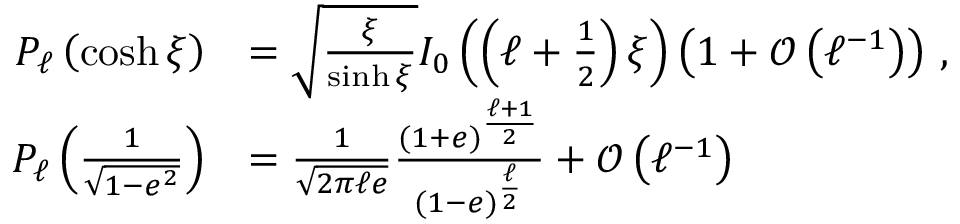
{ \begin{array} { r l } { P _ { \ell } \left( \cosh \xi \right) } & { = { \sqrt { \frac { \xi } { \sinh \xi } } } I _ { 0 } \left( \left( \ell + { \frac { 1 } { 2 } } \right) \xi \right) \left( 1 + { \mathcal { O } } \left( \ell ^ { - 1 } \right) \right) \, , } \\ { P _ { \ell } \left( { \frac { 1 } { \sqrt { 1 - e ^ { 2 } } } } \right) } & { = { \frac { 1 } { \sqrt { 2 \pi \ell e } } } { \frac { ( 1 + e ) ^ { \frac { \ell + 1 } { 2 } } } { ( 1 - e ) ^ { \frac { \ell } { 2 } } } } + { \mathcal { O } } \left( \ell ^ { - 1 } \right) } \end{array} }